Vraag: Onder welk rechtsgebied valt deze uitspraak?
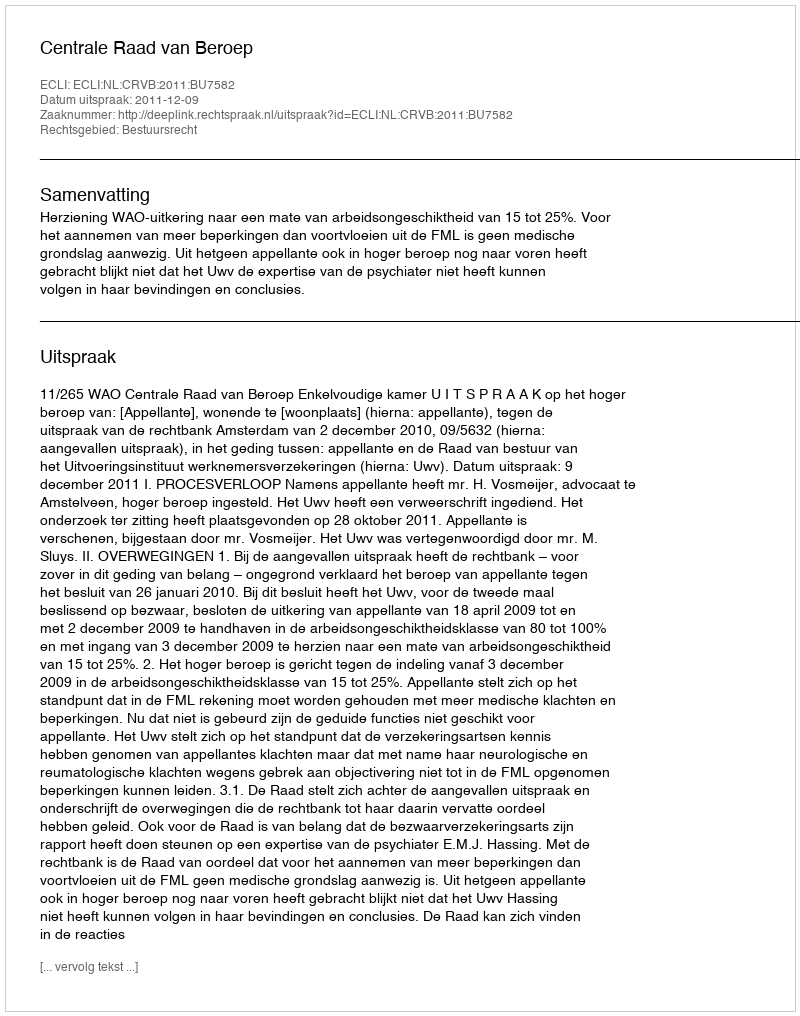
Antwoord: Bestuursrecht